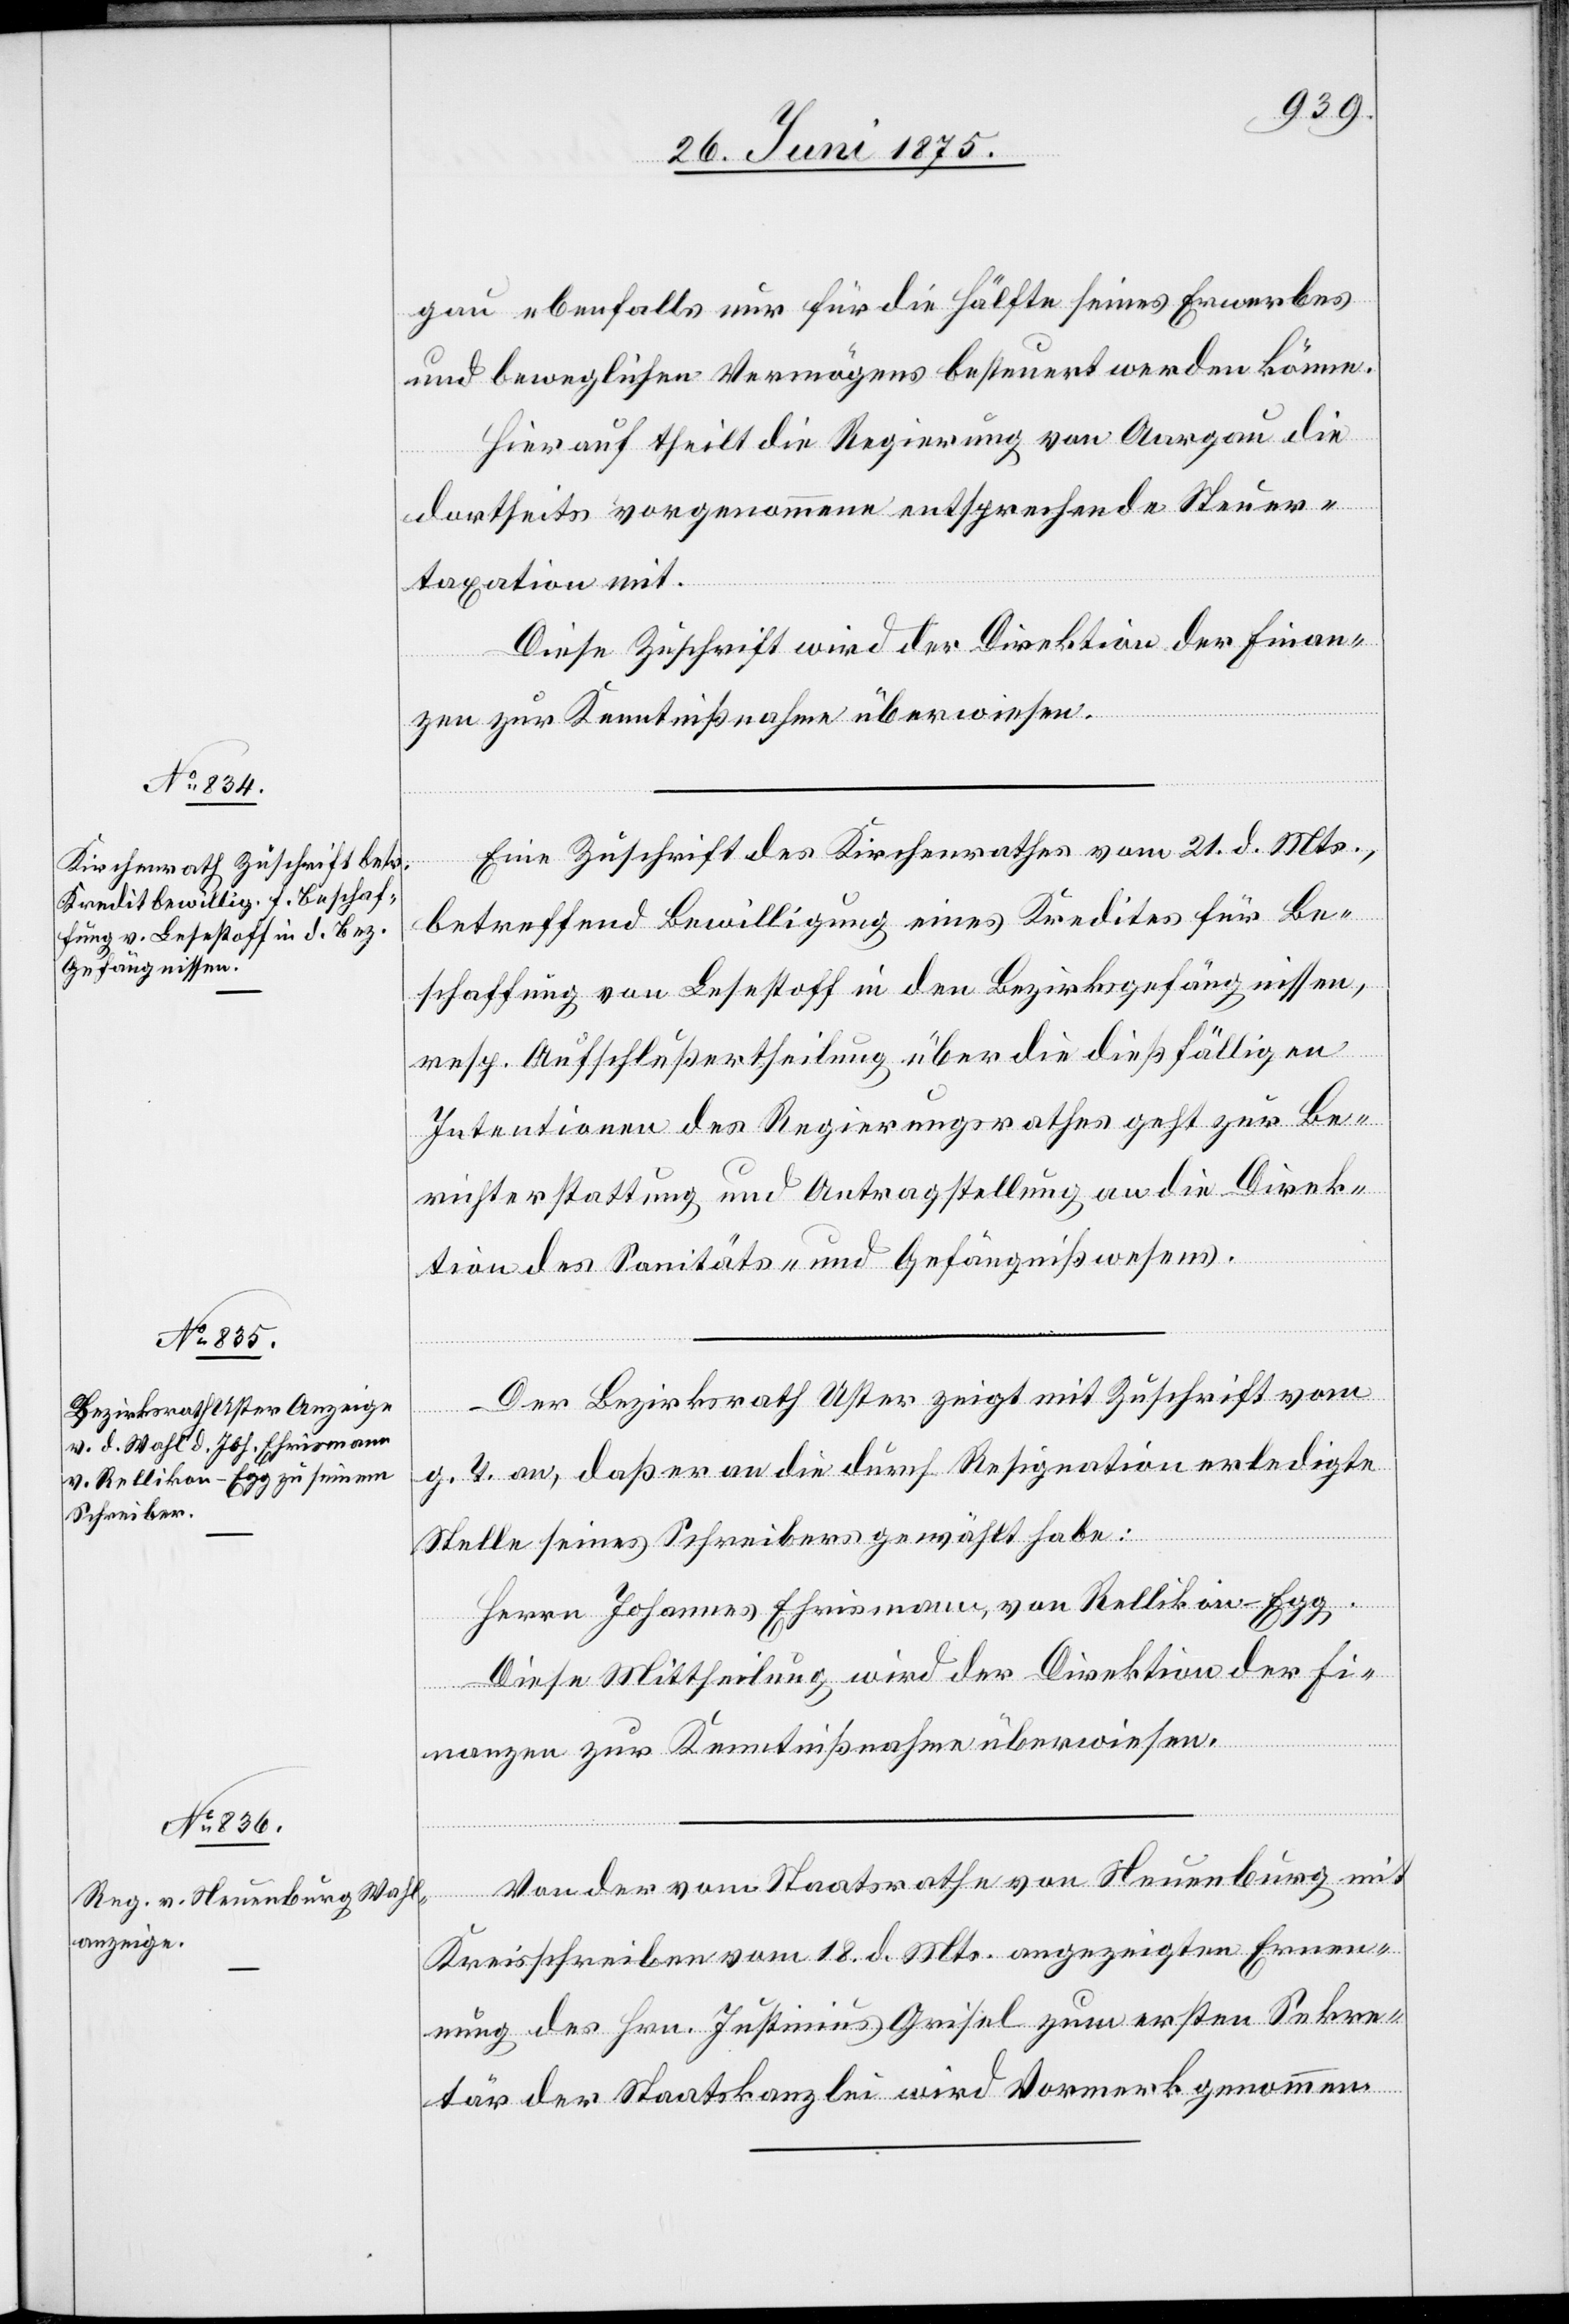
gau ebenfalls nur für die Hälfte seines Erwerbes
und beweglichen Vermögens besteuert werden könne.
Hierauf theilt die Regierung von Aargau die
dortseits vorgenommene entsprechende Steuer¬
taxation mit.
Diese Zuschrift wird der Direktion der Finan¬
zen zur Kenntnißnahme überwiesen.
Eine Zuschrift des Kirchenrathes vom 21. d. Mts.,
betreffend Bewilligung eines Kredites für Be¬
schaffung von Lesestoff in den Bezirksgefängnissen,
resp. Aufschlußertheilung über die dießfälligen
Intentionen des Regierungsrathes geht zur Be¬
richterstattung und Antragstellung an die Direk¬
tion des Sanitäts- und Gefängnißwesens.
Der Bezirksrath Uster zeigt mit Zuschrift vom
g. T. an, daß er an die durch Resignation erledigte
Stelle seines Schreibers gewählt habe:
Herrn Johannes Ehrismann, von Rellikon - Egg.
Diese Mittheilung wird der Direktion der Fi¬
nanzen zur Kenntnißnahme überwiesen.
Von der vom Staatsrathe von Neuenburg mit
Kreisschreiben vom 18. d. Mts. angezeigten Ernen¬
nung des Hrn. Justinius Grisel zum ersten Sekre¬
tär der Staatskanzlei wird Vormerk genommen.